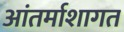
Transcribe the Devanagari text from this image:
आंतर्माशागत